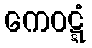
ကေဝဋ္ဋံ